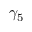
\gamma _ { 5 }